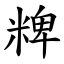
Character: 粺